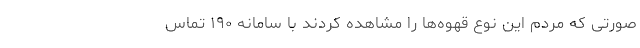
صورتی که مردم این نوع قهوه‌ها را مشاهده کردند با سامانه ۱۹۰ تماس